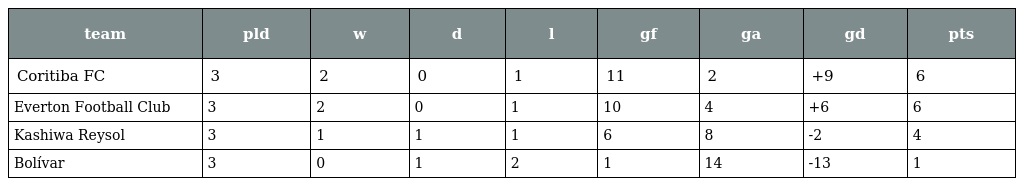
| team | pld | w | d | l | gf | ga | gd | pts |
 | --- | --- | --- | --- | --- | --- | --- | --- | --- |
 | Coritiba FC | 3 | 2 | 0 | 1 | 11 | 2 | +9 | 6 |
 | Everton Football Club | 3 | 2 | 0 | 1 | 10 | 4 | +6 | 6 |
 | Kashiwa Reysol | 3 | 1 | 1 | 1 | 6 | 8 | -2 | 4 |
 | Bolívar | 3 | 0 | 1 | 2 | 1 | 14 | -13 | 1 |